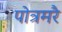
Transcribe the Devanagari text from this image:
पोत्रमरै